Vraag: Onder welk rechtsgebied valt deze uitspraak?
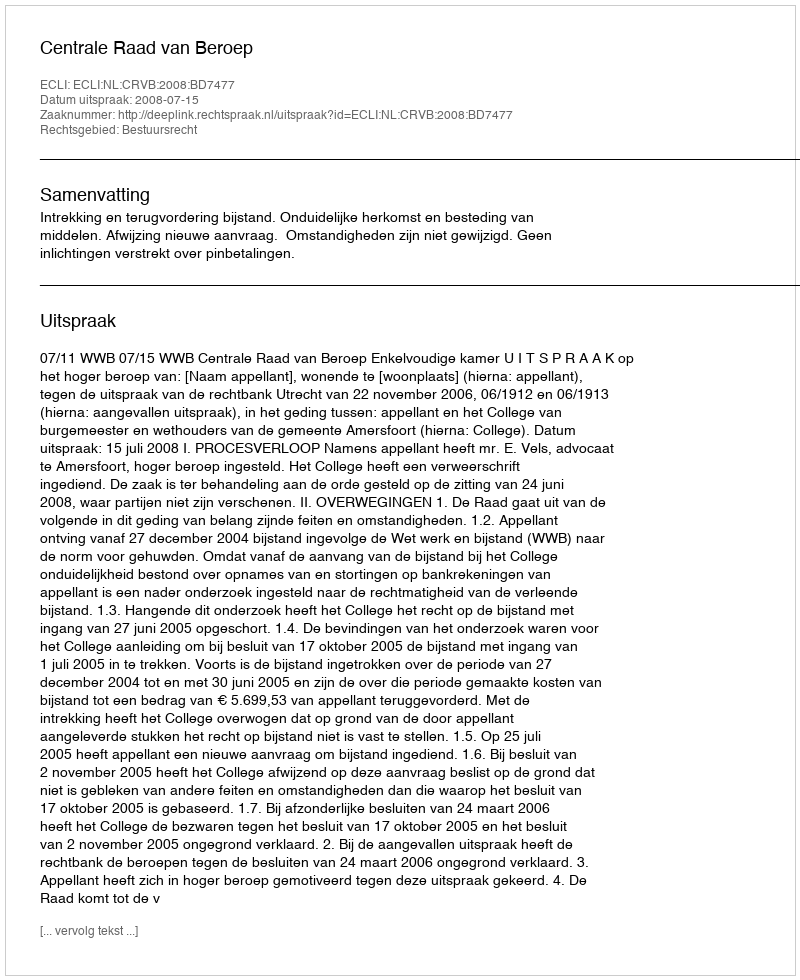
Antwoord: Bestuursrecht